Riisipere_vallakohus, lk 10
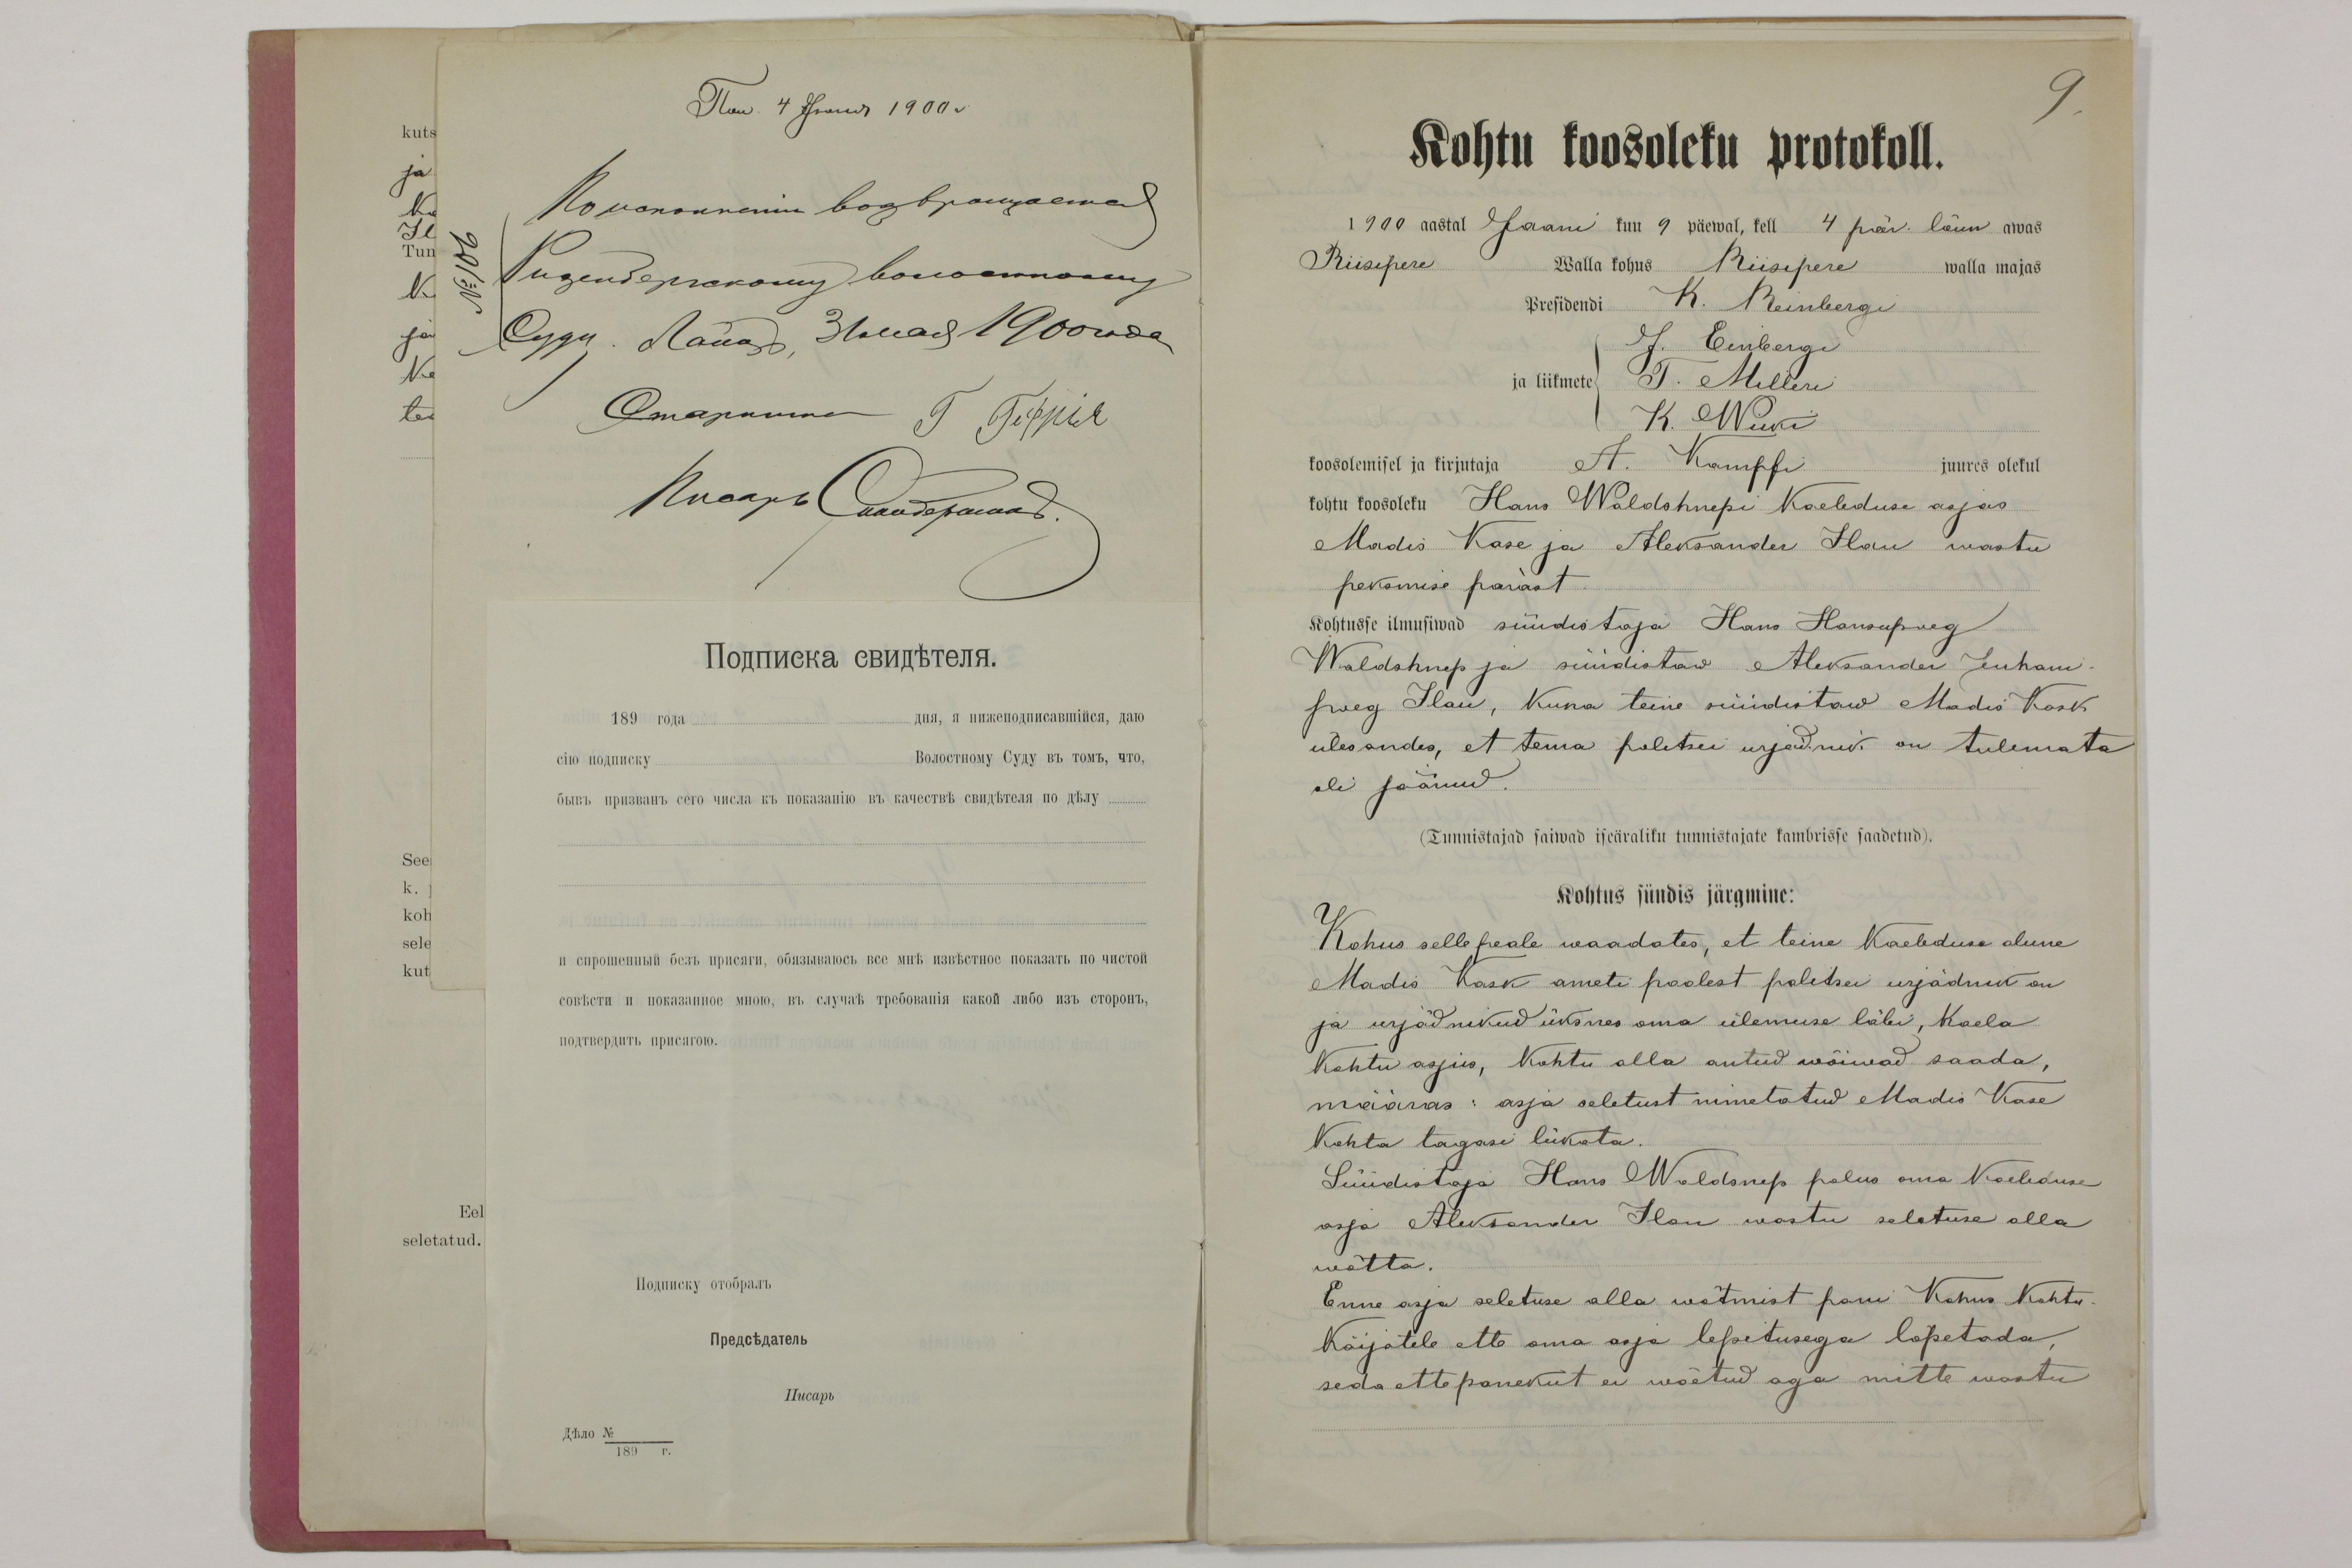
9.
Kohtu koosoleku protokoll.
1900 aastal Jaani kuu 9 päewal, kell 4 pär. lõun awas
Riisipere Walla kohus Riisepere walla majas
Presidendi K. Reinbergi
J. Einbergi
ja liikmete T. Milleri
K. Wieki
koosolemisel ja kirjutaja A. Kampfi juures olekul
kohtu koosoleku Hans Waldshnepi Kaebduse asjas
Madis Kase ja Aleksander Ilau wastu
peksmise pärast.
Kohtusse ilmusiwad süüdistaja Hans Hansupoeg
Waldshnep ja süüdistaw Aleksander Juhani-
poeg Slau, kuna teine süüdistaw Madis Kask
üles andes, et tema politsei urjädnik on tulemata
oli jäänud.
(Tunnistajad saiwad iseäraliku tunnistajate kambrisse saadetud).
Kohtus sündis järgmine:
Kohus selle peale waadates, et teine Kaelduse alune
Madis Kask ameti poolest politsei urjädnik on
ja urjädnikud üksnes oma ülemuse läbi, Kaela
Kohtu asjus, Kohtu alla antud wõiwad saada,
määras: asja seletust nimetatud Madis Kase
Kohta tagasi lükata
Süüdistaja Hans Waldsenep palus oma Kaebduse
asja Aleksander Ilau wastu seletuse alla
wõtta.
Enne asja seletuse alla wõtmist pani Kohus Kohtu-
Käijatele ette oma asja lepetusega lõpetada,
seda ettepanekut ei wõetud aga mitte wastu